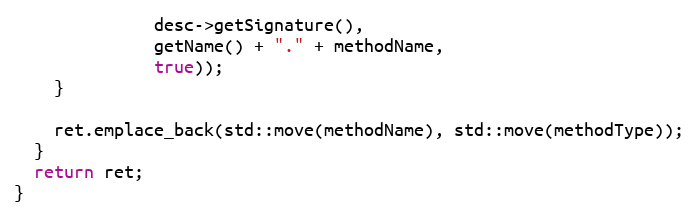
Language: C++
              desc->getSignature(),
              getName() + "." + methodName,
              true));
    }

    ret.emplace_back(std::move(methodName), std::move(methodType));
  }
  return ret;
}